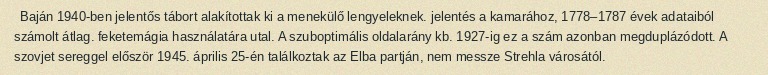
Baján 1940-ben jelentős tábort alakítottak ki a menekülő lengyeleknek. jelentés a kamarához, 1778–1787 évek adataiból számolt átlag. feketemágia használatára utal. A szuboptimális oldalarány kb. 1927-ig ez a szám azonban megduplázódott. A szovjet sereggel először 1945. április 25-én találkoztak az Elba partján, nem messze Strehla városától.